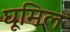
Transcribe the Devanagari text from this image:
घूमिल